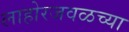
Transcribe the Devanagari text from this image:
लाहोरजवळच्या